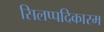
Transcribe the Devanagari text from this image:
सिलप्पदिकारम